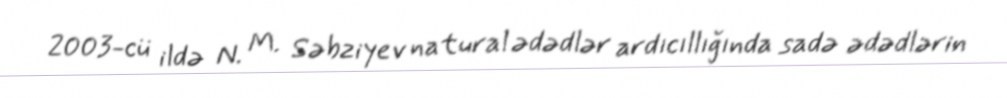
2003-cü ildə N. M. Səbziyev natural ədədlər ardıcıllığında sadə ədədlərin